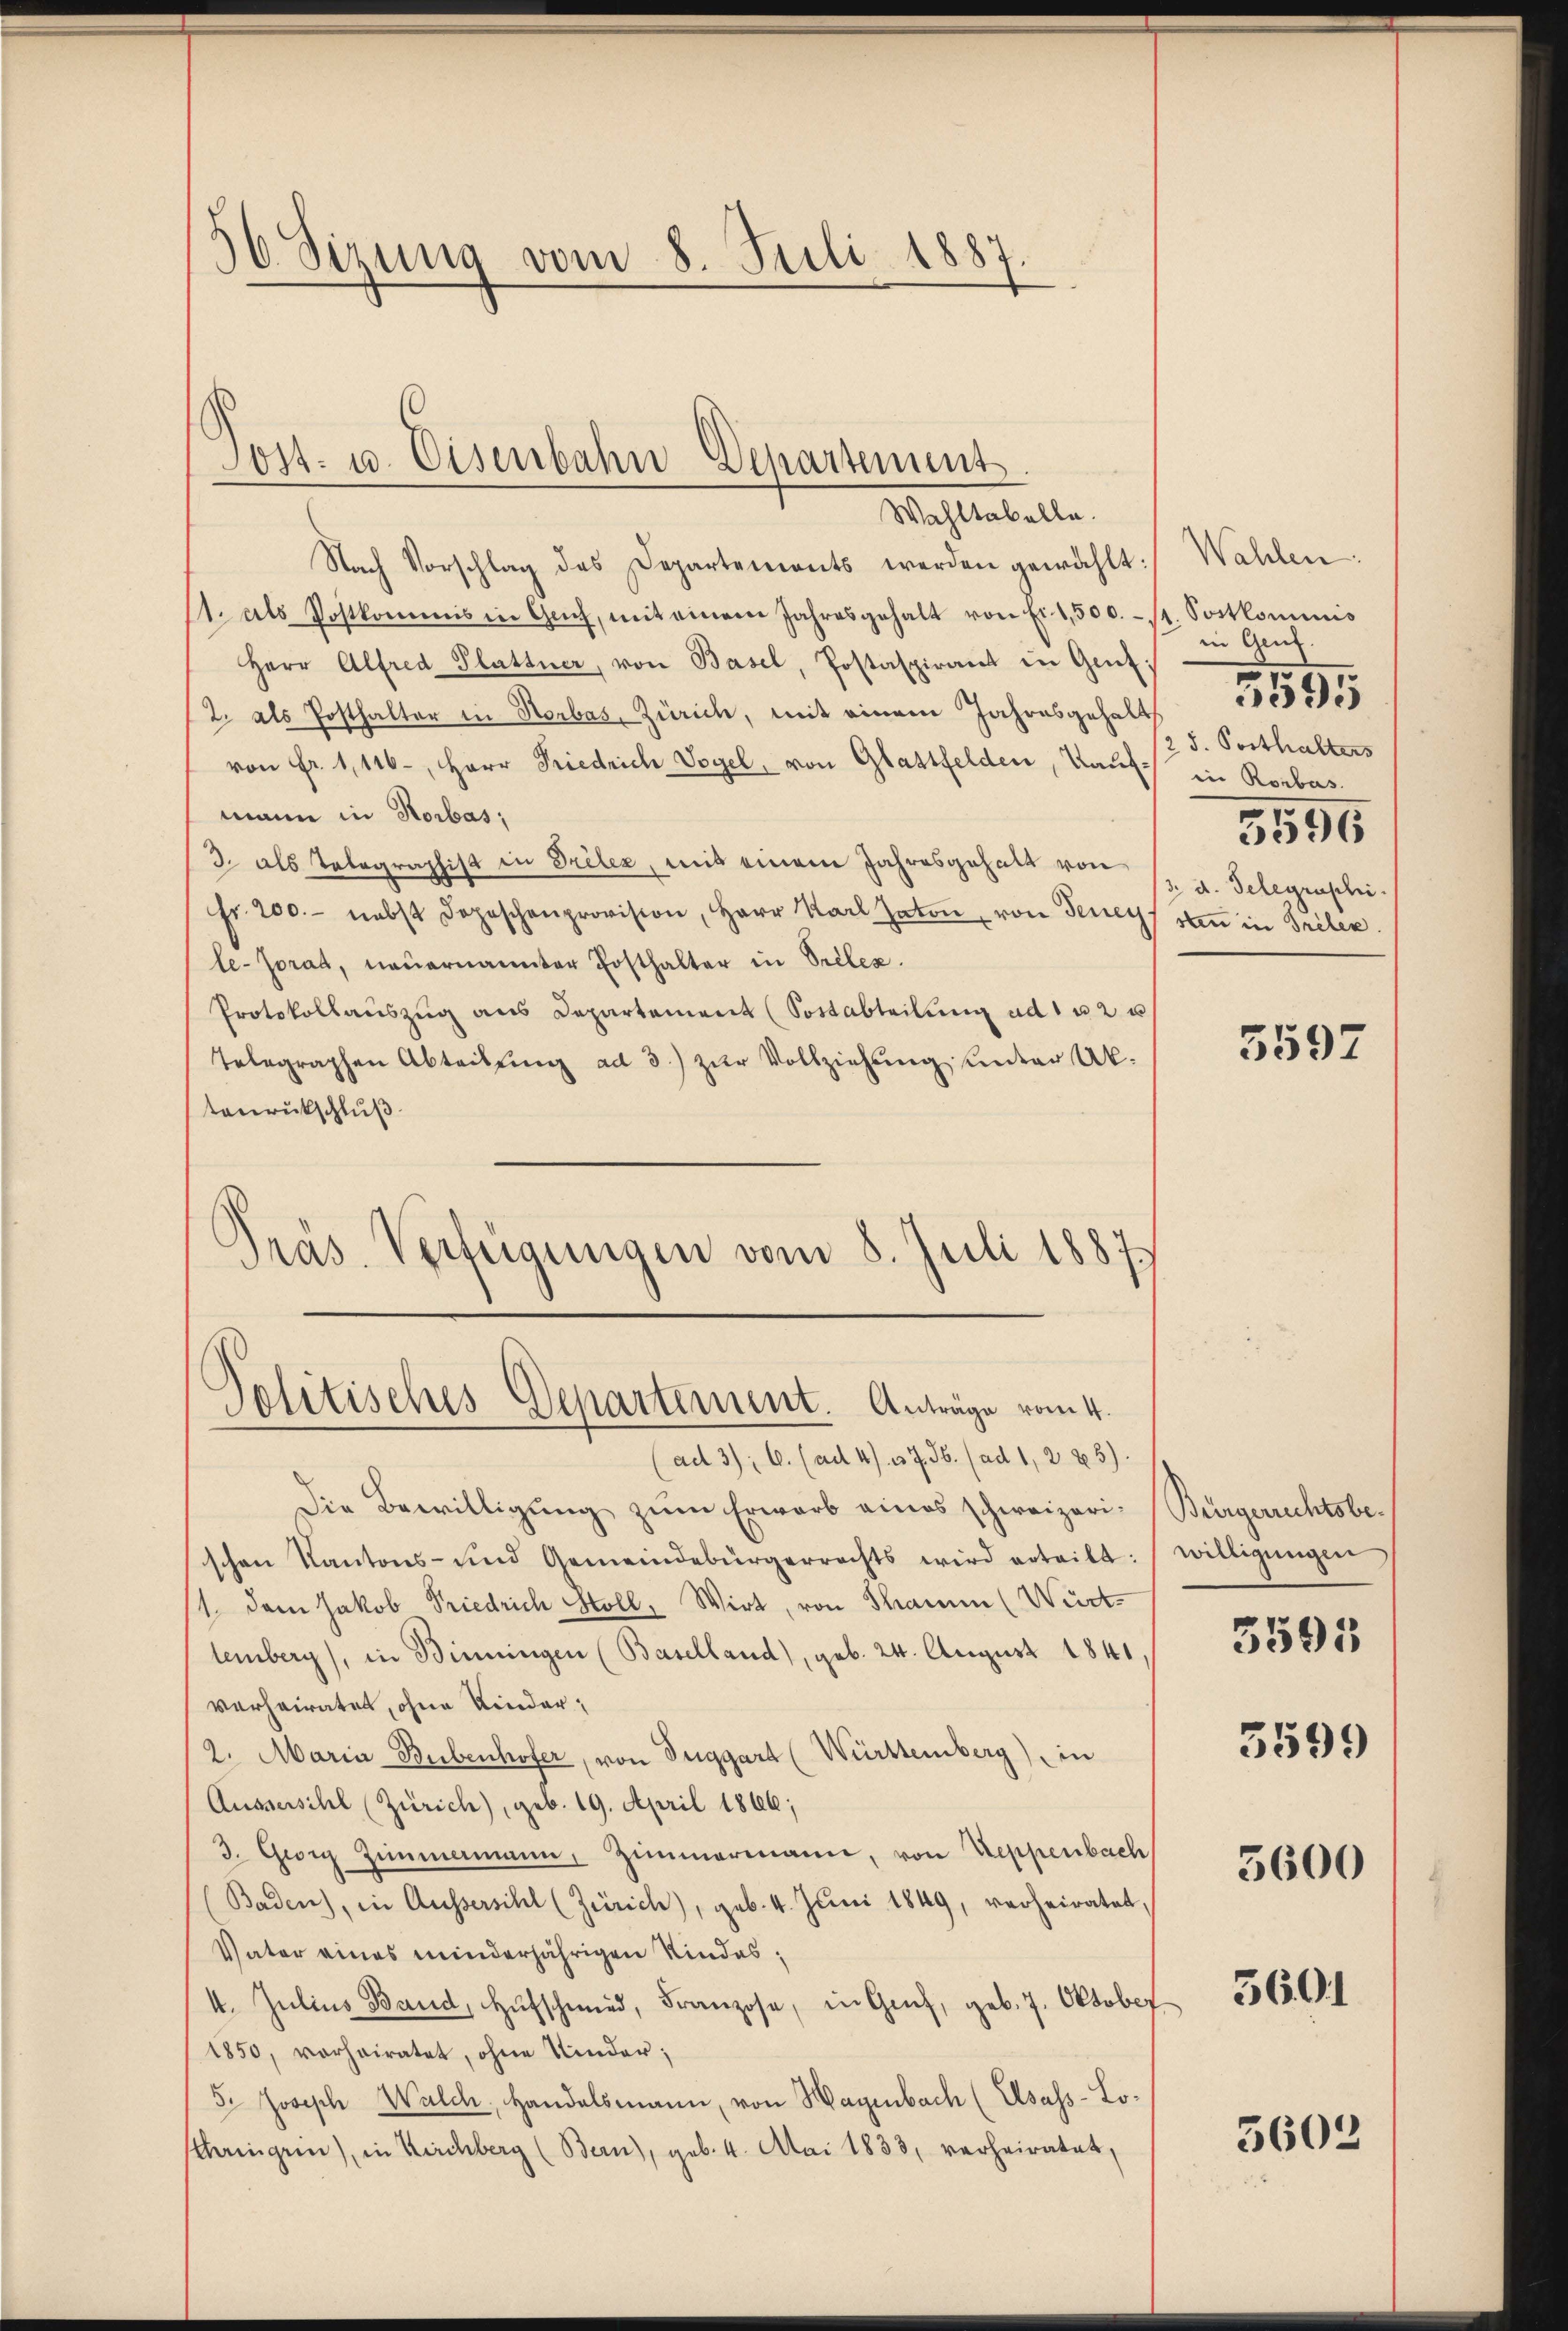
Sizung vom 8. Juli 1887.

Sost- u. Eisenbahn Departement

Wahltabelle.
Nach Vorschlag des Departements werden gewählt:
1. als Postkommis in Gach, mit einem Jahresgehalt von Fr. 1,500. - St. Postkominis
Herr Alfred Plattner, von Basel, Postaspirant in Genf;
2. als Posthalter in Horbas, Zürich, mit einem Jahresgehalts
von Fr. 1,116-, Herr Friedrich Vogel, von Glattfelden, Kauf in Rorbas.
mann in Horbas,
3. als Telegraphist in Priler, mit einem Jahresgehalt von 1 u. Telegraphi
fr. 200.- nebst Depeschenprovision, Herr Karl Zaton, von Teney von in Triben.
le-Jorat, neuernannter Posthalter in Seelex.
Protokollauszug aus Departement (Sottabteilung ad 1 u 2 u
Telegraphen Abteilŭng ad 3.) zŭr Vollziehŭng unter Aktenrückschluß
Präs. Verfügungen vom 8. Juli 1887

Politisches Departement. Anträge vom 4.

(ad 3); 6. (ad 4. 37. 36. (ad 1, 225).
Die Bewilligŭng zŭm Erwarb eines schweizeri-Bürgerrechtsbeschen Kantons- und Gemeindebürgerrechts wird erteilt: willigŭngen
1. dem Jakob Friedrich Holl, Wirt, von Sham (Württemberg), in Binningen (Baselland), geb. 24. August 1841,
verheiratet, ohne Kinder,
2. Maria Bubenhofer, von Seggart (Württemberg) in
Äussersihl (Zürich), geb. 19. April 1866;
3. Georg Zimmenmann, Zimmermann, von Treppenbach
Baden), in Aussersihl (Zürich), geb. 4. Jŭni 1849, verheiratet,
Vater eines minderjährigen Kindes;
4. Julius Band, Hŭfschmied, Franzose, in Graf, geb. 7. Oktober
1850, vorheiratet, ohne Kinder;
5. Joseph Walch, Handelsmann, von Hagenbach (Elsass-Losthingen), in Kirchberg (Bern), geb. 4. Mai 1833, verheiratet,

Wahlen:
in Genf.
/25. Posthalters
3596

3595

5597

3599
5600

3505

5601

5603